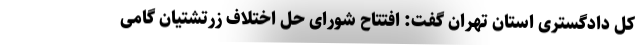
کل دادگستری استان تهران گفت: افتتاح شورای حل اختلاف زرتشتیان گامی